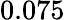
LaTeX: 0.075